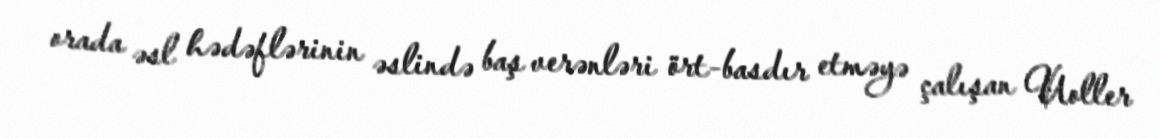
orada əsl hədəflərinin əslində baş verənləri ört-basdır etməyə çalışan Uoller